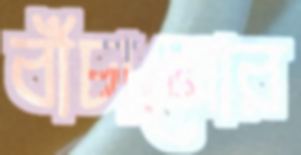
বাঁচানোর